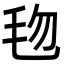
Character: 𬆿